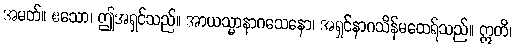
အမတ်။ ဧသော၊ ဤအရှင်သည်။ အာယသ္မာနာဂသေနော၊ အရှင်နာဂသိန်မထေရ်သည်။ ဣတိ၊